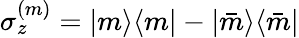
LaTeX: \sigma_{z}^{(m)}=|m\rangle\langle m|-|\bar{m}\rangle\langle\bar{m}|